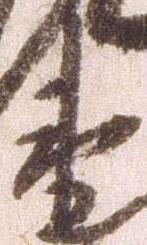
衛